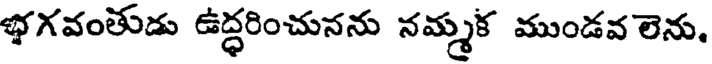
భగవంతుడు ఉద్ధరించునను నమ్మక ముండవ లెను,